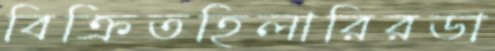
বিক্রিতহিলারিরডা